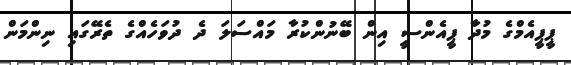
ޕީޕީއެމްގެ މުދާ ޕީއެންސީ އިން ބޭނުންކުރާ މައްސަލަ ދެ ދުވަހެއްގެ ތެރޭގައި ނިންމަން